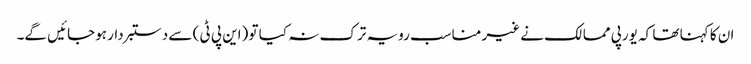
ان کا کہنا تھا کہ یورپی ممالک نے غیر مناسب رویہ ترک نہ کیا تو (این پی ٹی ) سے دستبردار ہوجائیں گے۔